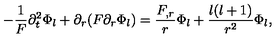
- \frac { 1 } { F } \partial _ { t } ^ { 2 } \Phi _ { l } + \partial _ { r } ( F \partial _ { r } \Phi _ { l } ) = \frac { F _ { , r } } { r } \Phi _ { l } + \frac { l ( l + 1 ) } { r ^ { 2 } } \Phi _ { l } ,